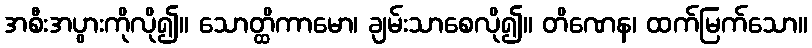
အစီးအပွားကိုလို၍။ သောတ္ထိကာမော၊ ချမ်းသာစေလို၍။ တိဏေန၊ ထက်မြက်သော။